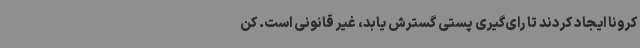
کرونا ایجاد کردند تا رای‌گیری پستی گسترش یابد، غیر قانونی است. کن